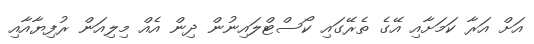
އަށް އަރާ ކަމަށާއި އޭގެ ތެރޭގައި ކޯސްޓްލައިނުން ދިން އެއް މިލިއަން ރުފިޔާއާއި